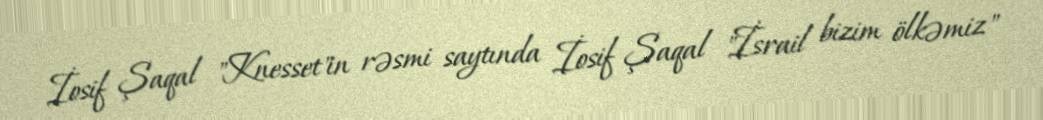
İosif Şaqal "Knesset"in rəsmi saytında İosif Şaqal "İsrail bizim ölkəmiz"